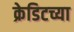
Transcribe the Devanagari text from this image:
क्रेडिटच्या